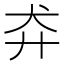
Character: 𬌪